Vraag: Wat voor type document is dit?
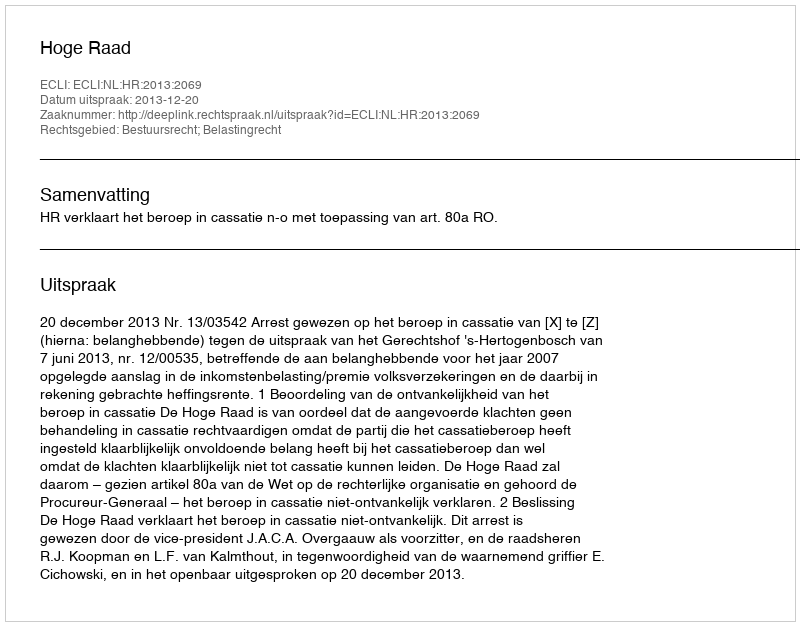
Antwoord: Uitspraak